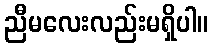
ညီမလေးလည်းမရှိပါ။